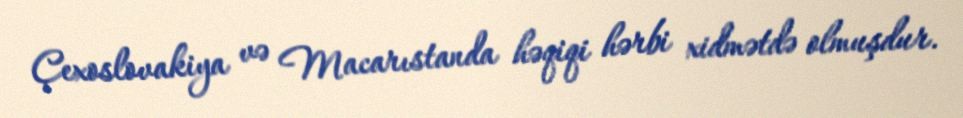
Çexoslovakiya və Macarıstanda həqiqi hərbi xidmətdə olmuşdur.